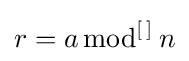
r=a\,{\text{mod}}^{\left[\,\right]}\,n